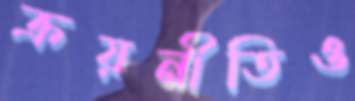
ক্রয়নীতিও